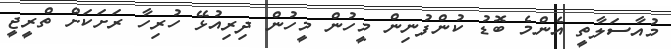
މުއާސަލާތީ އެންމެ ބޮޑު ކުންފުނިން މީހުން މީހުން ދިރިއުޅޭ ހުރިހާ ރަށަކަށް ތްރީޖީ